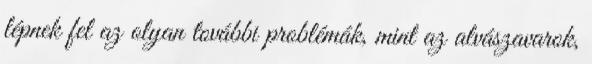
lépnek fel az olyan további problémák, mint az alvászavarok,